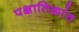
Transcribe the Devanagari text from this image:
पक्षातिक्रांत